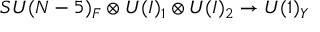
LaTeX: S U ( N - 5 ) _ { F } \otimes U ( I ) _ { 1 } \otimes U ( I ) _ { 2 } \to U ( 1 ) _ { Y }